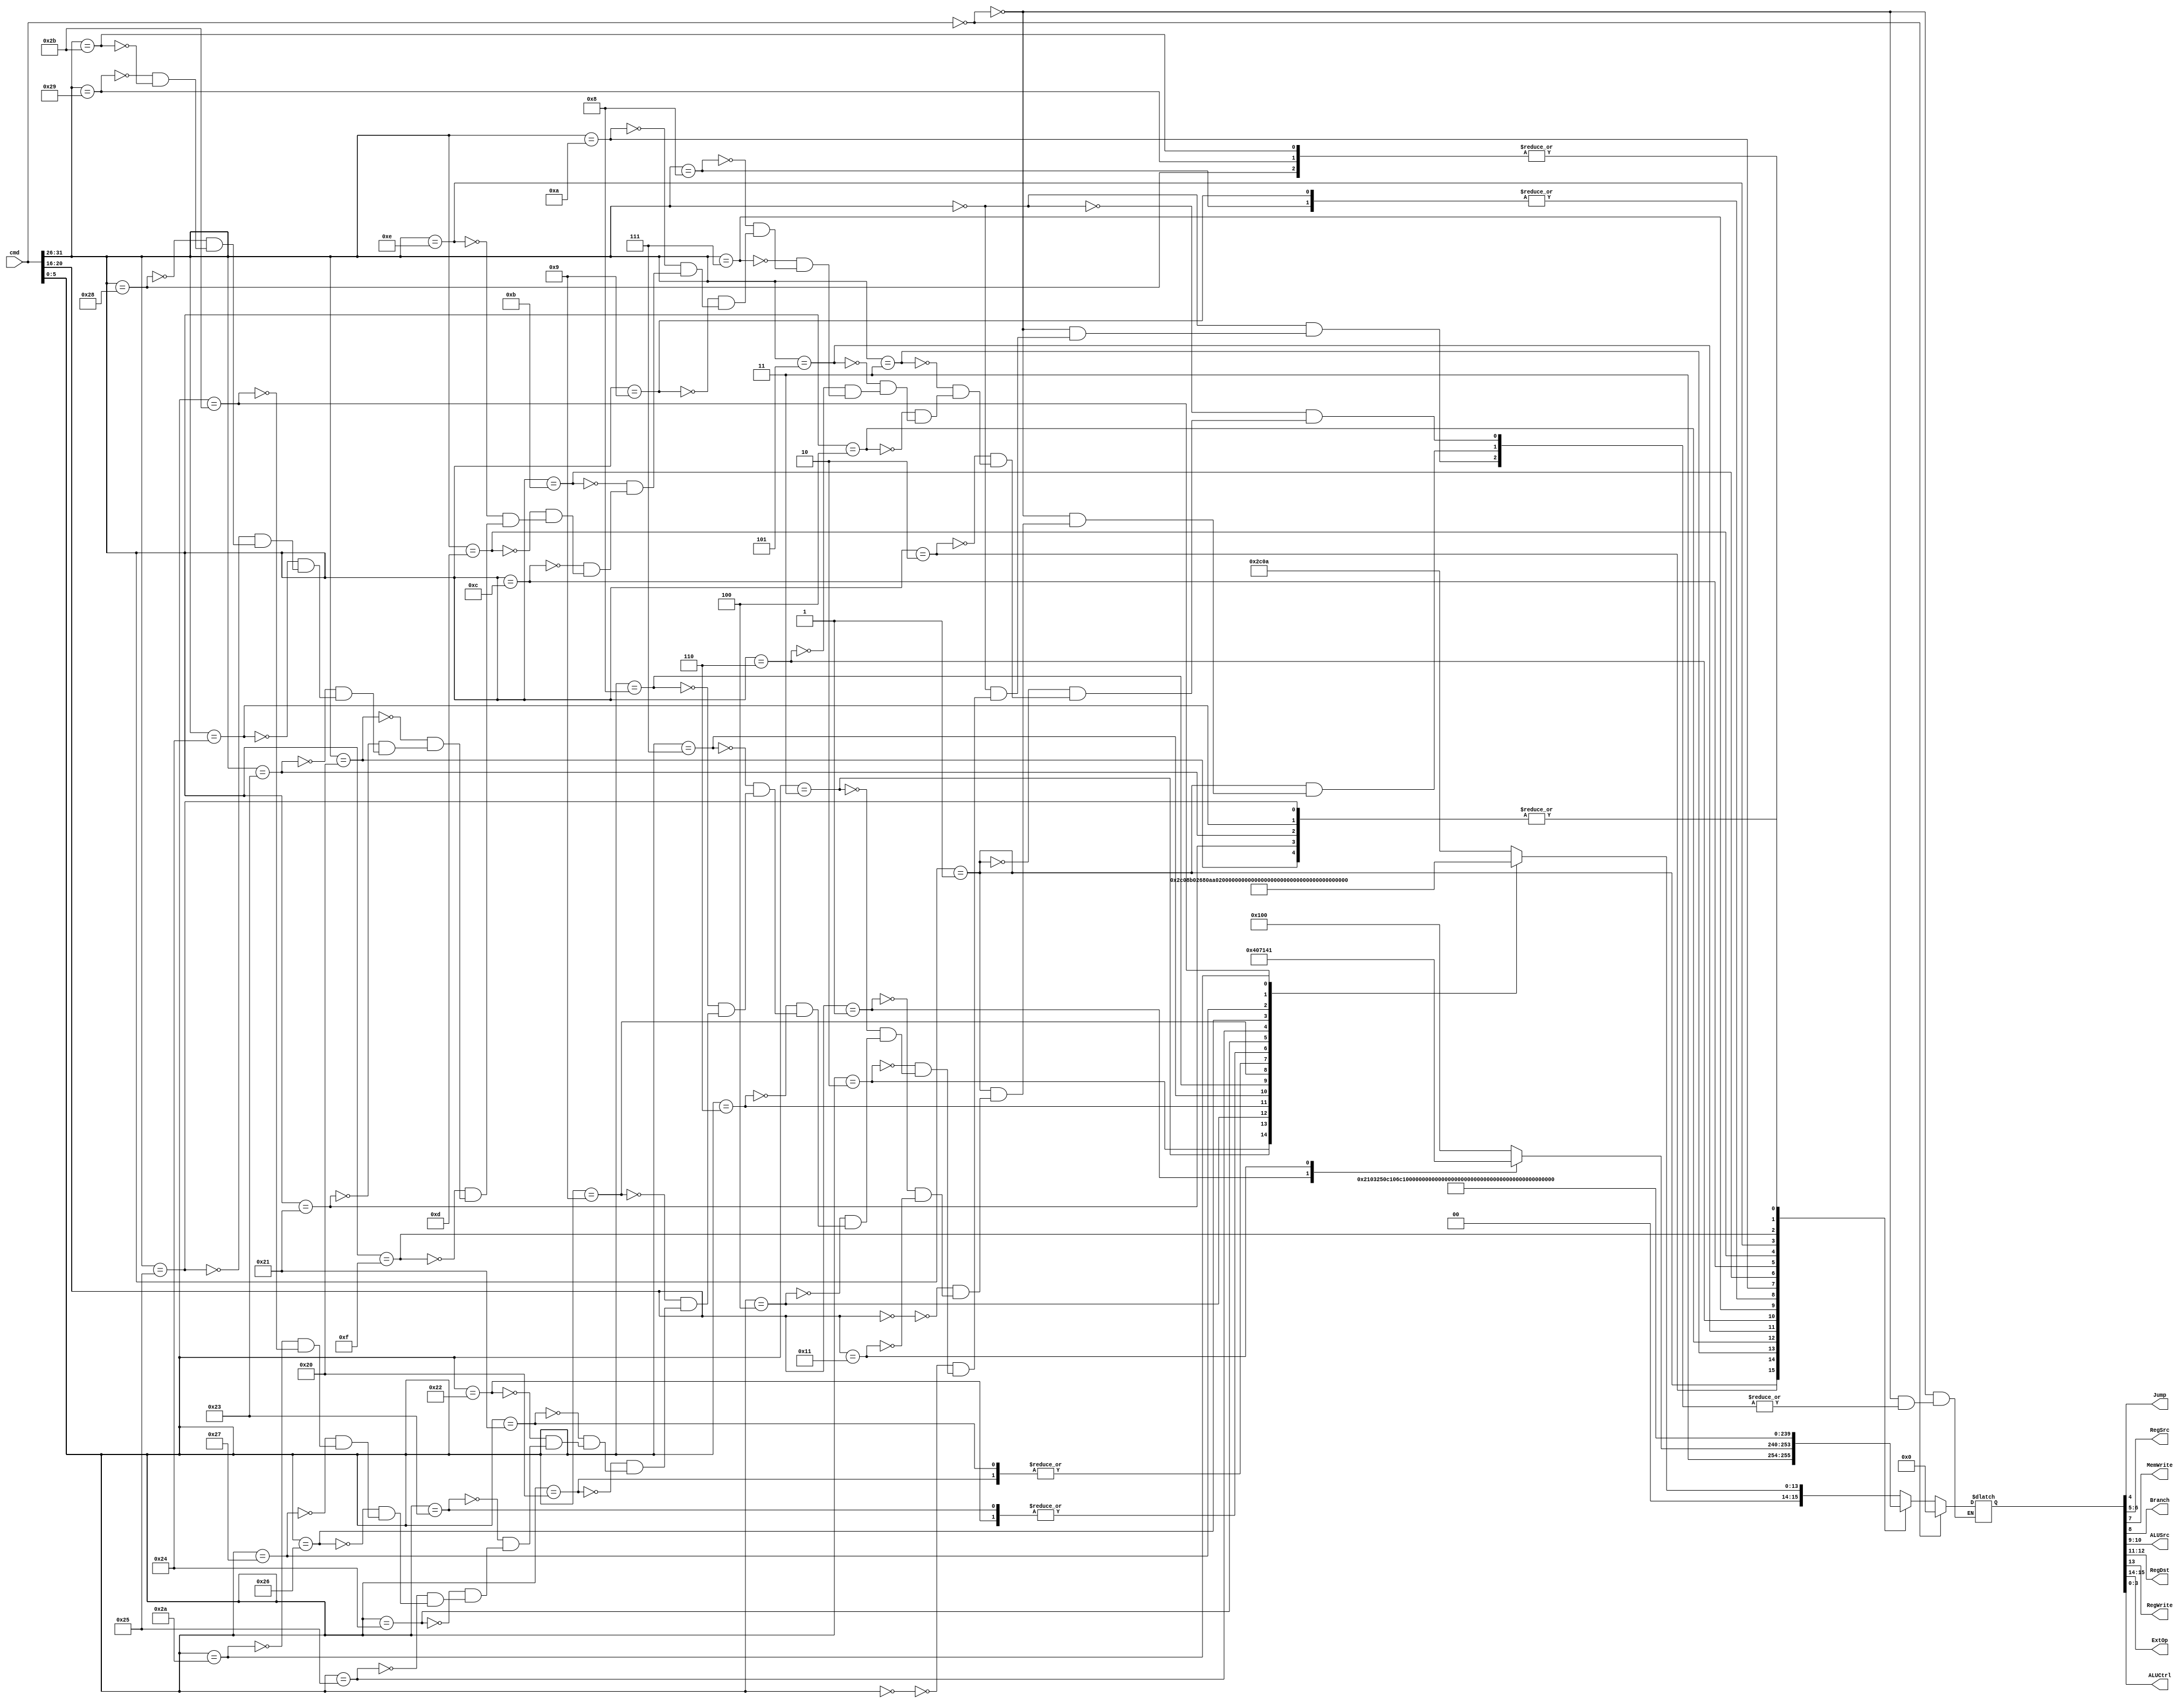
`timescale 1ns / 1ns
`define bits 13
module Controller(
input [31:0]cmd,
output Jump,
output [1:0]RegSrc,
output MemWrite,
output Branch,
output [1:0]ALUSrc,
output [1:0]RegDst,
output RegWrite,
output [1:0]ExtOp,
output [3:0]ALUCtrl
);
    //{ext,RegWrite,[1:0]RegDst,[1:0]ALUSrc,Branch,MemWrite,[1:0]RegSrc,Jump,[3:0]ALUCtrl,hilo,}
	 reg [15:0]temp;
	 always @(cmd) begin
	     if(cmd==0) temp=0;//nop
	     else case(cmd[31:26])
		      0:case(cmd[5:0])
				    0:temp=16'b00_1_01_10_00_00_0_1010;//sll
					 2:temp=16'b00_1_01_10_00_00_0_1000;//srl
					 3:temp=16'b00_1_01_10_00_00_0_1001;//sra
					 4:temp=16'b00_1_01_00_00_00_0_1010;//sllv
					 6:temp=16'b00_1_01_00_00_00_0_1000;//srlv
					 7:temp=16'b00_1_01_00_00_00_0_1001;//srav
					 8:temp=16'b00_0_00_00_00_00_1_0000;//jr
					 9:temp=16'b00_1_01_00_00_10_1_0000;//jalr
					 //16://mfhi
					 //17://mthi
					 //18://mflo
					 //19://mtlo
					 //24://mult
					 //25://multu
					 //26://div
					 //27://divu
					 32:temp=16'b00_1_01_00_00_00_0_0010;//add
					 33:temp=16'b00_1_01_00_00_00_0_0010;//addu
					 34:temp=16'b00_1_01_00_00_00_0_0011;//sub
					 35:temp=16'b00_1_01_00_00_00_0_0011;//subu
					 36:temp=16'b00_1_01_00_00_00_0_0100;//and
					 37:temp=16'b00_1_01_00_00_00_0_0101;//or
					 38:temp=16'b00_1_01_00_00_00_0_0110;//xor
					 39:temp=16'b00_1_01_00_00_00_0_0111;//nor
					 42:temp=16'b00_1_01_00_00_00_0_1100;//slt
					 43:temp=16'b00_1_01_00_00_00_0_1101;//sltu
				endcase
				1:case(cmd[20:16])
				    0:temp=16'b11_0_00_00_10_00_0_0000;//bltz
					1:temp=16'b11_0_00_00_10_00_0_0001;//bgez
					17:temp=16'b11_1_10_00_10_10_0_0001;//bgezal
				endcase
				//{[1:0]ext,RegWrite,[1:0]RegDst,[1:0]ALUSrc,Branch,MemWrite,[1:0]RegSrc,Jump,[3:0]ALUCtrl}
				2:temp=16'b00_0_00_01_00_00_1_0000;//j
				3:temp=16'b00_1_10_01_00_10_1_0000;//jal
				4:temp=16'b11_0_00_00_10_00_0_0110;//beq
				5:temp=16'b11_0_00_00_10_00_0_1011;//bne
				6:temp=16'b11_0_00_00_10_00_0_1110;//blez
				7:temp=16'b11_0_00_00_10_00_0_1111;//bgtz
				8:temp=16'b00_1_00_01_00_00_0_0010;//addi
				9:temp=16'b00_1_00_01_00_00_0_0010;//addiu
				10:temp=16'b00_1_00_01_00_00_0_1100;//slti//
				11:temp=16'b00_1_00_01_00_00_0_1101;//sltiu
				12:temp=16'b01_1_00_01_00_00_0_0100;//andi
				13:temp=16'b01_1_00_01_00_00_0_0101;//ori
				14:temp=16'b01_1_00_01_00_00_0_0110;//xori
				15:temp=16'b10_1_00_01_00_00_0_0101;//lui
				//16:
				32:temp=16'b00_1_00_01_00_01_0_0010;//lb
				33:temp=16'b00_1_00_01_00_01_0_0010;//lh
				35:temp=16'b00_1_00_01_00_01_0_0010;//lw
				36:temp=16'b00_1_00_01_00_01_0_0010;//lbu
				37:temp=16'b00_1_00_01_00_01_0_0010;//lhu
				40:temp=16'b00_0_00_01_01_00_0_0010;//sb
				41:temp=16'b00_0_00_01_01_00_0_0010;//sh
				43:temp=16'b00_0_00_01_01_00_0_0010;//sw
		  endcase
	 end
	 assign {ExtOp,RegWrite,RegDst,ALUSrc,Branch,MemWrite,RegSrc,Jump,ALUCtrl}=temp;
endmodule